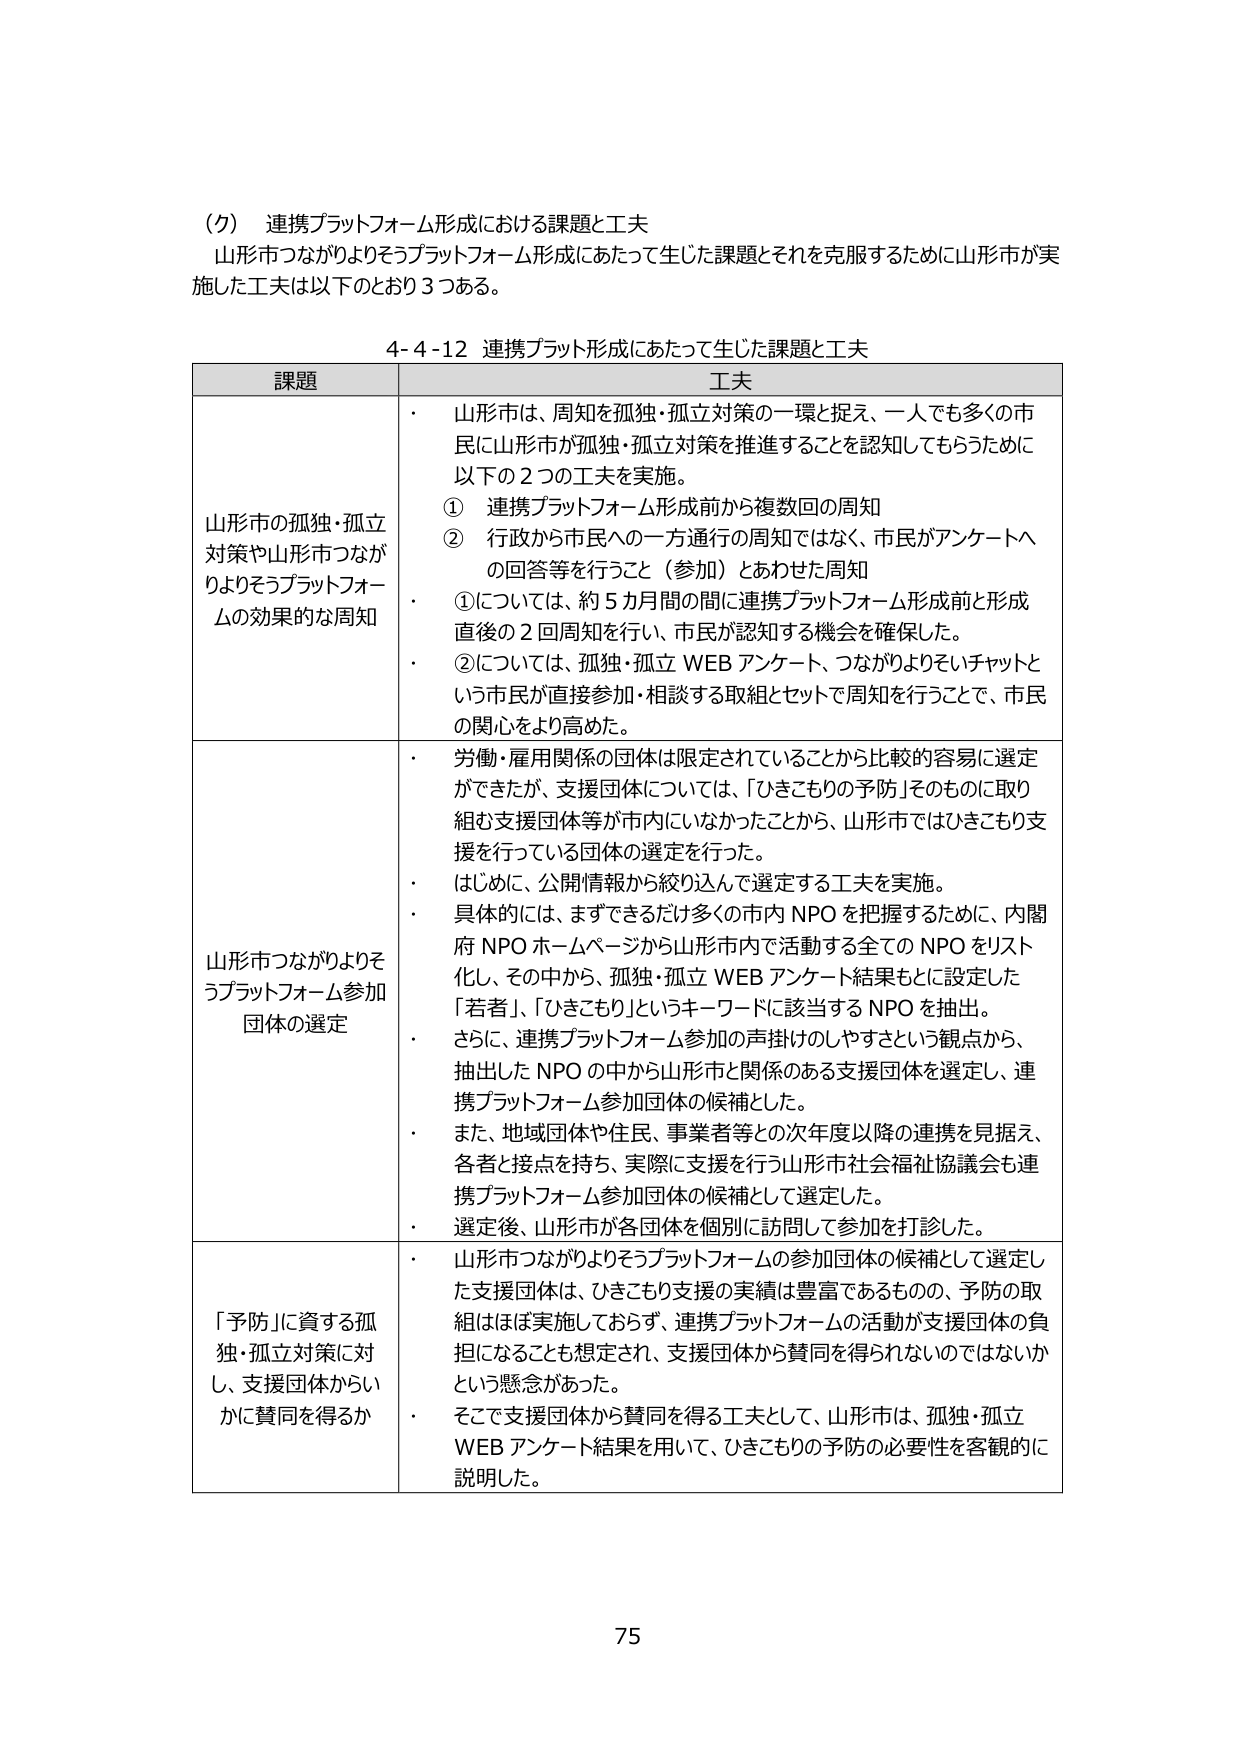
（ク） 連携プラットフォーム形成における課題と工夫
山形市つながりよろずプラットフォーム形成にあたって生じた課題とそれを克服するために山形市が実施した工夫は以下のとおり３つある。

4-4-12 連携プラット形成にあたって生じた課題と工夫

| 課題 | 工夫 |
|------|------|
| 山形市の孤独・孤立対策や山形市つながりよろずプラットフォームの効果的な周知 | ・ 山形市は、周知を孤独・孤立対策の一環と捉え、一人でも多くの市民に山形市が孤独・孤立対策を推進することを認知してもらうために以下の２つの工夫を実施。<br>① 連携プラットフォーム形成前から複数回の周知<br>② 行政から市民への一方通行の周知ではなく、市民がアンケートへの回答等を行うこと（参加）とあわせた周知<br>・ ①については、約５カ月間の間に連携プラットフォーム形成前と形成直後の２回周知を行い、市民が認知する機会を確保した。<br>・ ②については、孤独・孤立 WEB アンケート、つながりよろずチャットという市民が直接参加・相談する取組とセットで周知を行うことで、市民の関心をより高めた。 |
| 山形市つながりよろずプラットフォーム参加団体の選定 | ・ 労働・雇用関係の団体は限定されていることから比較的容易に選定ができたが、支援団体については、「ひきこもりの予防」そのものに取り組む支援団体等が市内にいなかったことから、山形市ではひきこもり支援を行っている団体の選定を行った。<br>・ はじめに、公開情報から絞り込んで選定する工夫を実施。<br>・ 具体的には、まずできるだけ多くの市内 NPO を把握するために、内閣府 NPO ホームページから山形市内で活動する全ての NPO をリスト化し、その中から、孤独・孤立 WEB アンケート結果もとに設定した「若者」、「ひきこもり」というキーワードに該当する NPO を抽出。<br>・ さらに、連携プラットフォーム参加の声掛けのしやすさという観点から、抽出した NPO の中から山形市と関係のある支援団体を選定し、連携プラットフォーム参加団体の候補とした。<br>・ また、地域団体や住民、事業者等との次年度以降の連携を見据え、各者と接点を持ち、実際に支援を行う山形市社会福祉協議会も連携プラットフォーム参加団体の候補として選定した。<br>・ 選定後、山形市が各団体を個別に訪問して参加を打診した。 |
| 「予防」に資する孤独・孤立対策に対し、支援団体からいかに賛同を得るか | ・ 山形市つながりよろずプラットフォームの参加団体の候補として選定した支援団体は、ひきこもり支援の実績は豊富であるものの、予防の取組はほぼ実施しておらず、連携プラットフォームの活動が支援団体の負担になることも想定され、支援団体から賛同を得られないのではないかという懸念があった。<br>・ そこで支援団体から賛同を得る工夫として、山形市は、孤独・孤立 WEB アンケート結果を用いて、ひきこもりの予防の必要性を客観的に説明した。 |

75